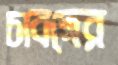
চাবদের